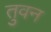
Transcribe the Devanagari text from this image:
तुवन